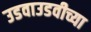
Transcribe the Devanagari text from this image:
उडवाउडवीच्या